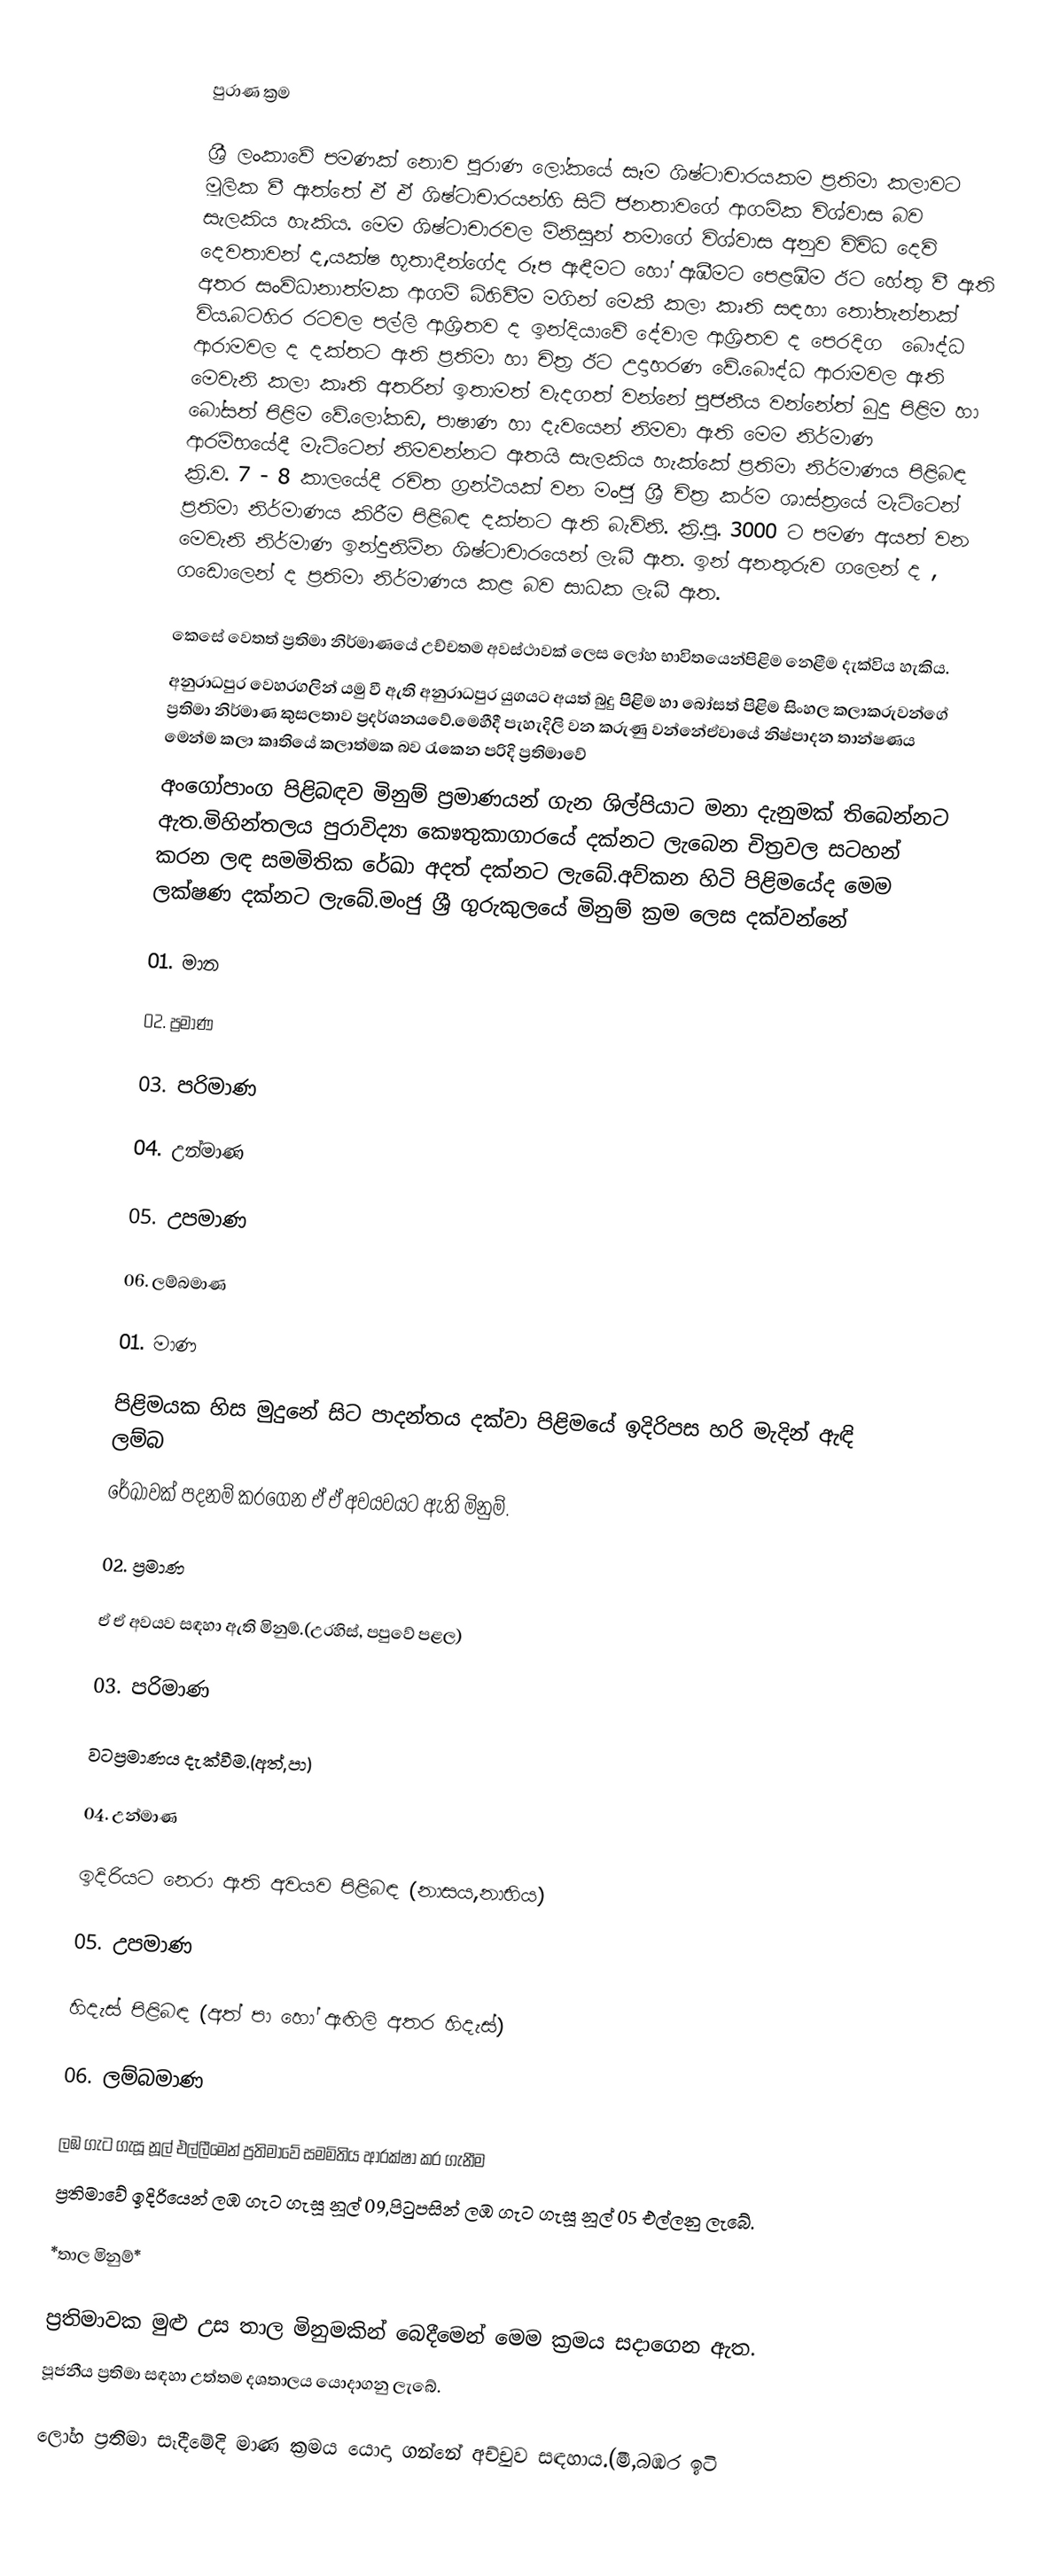

පුරාණ ක්‍රම

ශ්‍රී ලංකාවේ  පමණක් නොව පුරාණ  ලෝකයේ සෑම ශිෂ්ටාචාරයකම ප්‍රතිමා කලාවට මූලික වී ඇත්තේ ඒ ඒ ශිෂ්ටාචාරයන්හි සිටි ජනතාවගේ ආගමික විශ්වාස බව සැලකිය හැකිය. මෙම ශිෂ්ටාචාරවල මිනිසුන් තමා‍ගේ විශ්වාස අනුව විවිධ දෙවි දෙවතාවන්  ද,යක්ෂ භූතාදීන්ගේද රූප ඇඳීමට හෝ ඇඹීමට  පෙළඹීම ඊට ‍හේතු වී  ඇති  අතර  සංවිධානාත්මක ආගම් බිහිවීම  මගින්  මෙකී කලා කෘති සඳහා තෝතැන්නක් විය.බටහිර රටවල පල්ලි ආශ්‍රිතව ද ඉන්දියාවේ දේවාල ආශ්‍රිතව ද පෙරදිග ‍‍ ‍‍බෞද්ධ  ආරාමවල ද දක්තට ඇති ප්‍රතිමා  හා චිත්‍ර ඊට උදාහරණ වේ.බෞද්ධ   ආරාමවල ඇති මෙවැනි කලා කෘති  අතරින් ඉතාමත්  වැදගත් වන්නේ පූජනීය වන්නේත් බුදු පිළිම හා බෝසත් පිළිම වේ.‍ලෝකඩ, පාෂාණ හා දැවයෙන් නිමවා ඇති ‍මෙම නිර්මාණ ආරම්භයේදී  මැට්ටෙන් නිමවන්නට ඇතයි සැලකිය හැක්කේ  ප්‍රතිමා නිර්මාණය  පිළිබඳ ක්‍රි.ව. 7 - 8 කාලයේදී  රචිත  ග්‍රන්ථයක් වන මංජු ශ්‍රී  චිත්‍ර කර්ම ශාස්ත්‍රයේ මැට්ටෙන් ප්‍රතිමා නිර්මාණය කිරීම පිළිබඳ දක්නට ඇති බැවිනි. ක්‍රි.පූ. 3000 ට පමණ අයත් වන මෙවැනි  නිර්මාණ ඉන්දුනිම්න ශිෂ්ටාචාරයෙන් ලැබී ඇත. ඉන් අනතුරුව ගලෙන් ද , ගඩොලෙන් ද ප්‍රතිමා නිර්මාණය  කළ බව සාධක ලැබී ඇත.

කෙසේ ‍වෙතත් ප්‍රතිමා නිර්මාණයේ උච්චතම අවස්ථාවක් ලෙස ලෝහ භාවිතයෙන්පිළිම නෙළීම දැක්විය හැකිය.
අනුරාධපුර වෙහරගලින් යමු වී ඇති  අනුරාධපුර යුගයට අයත් බුදු පිළිම හා බෝසත් පිළිම සිංහල කලාකරුවන්ගේ ප්‍රතිමා නිර්මාණ කුසලතාව ප්‍රදර්ශනයවේ.මෙහීදී පැහැදිලි වන කරුණු වන්නේඒවායේ නිෂ්පාදන තාන්ෂණය මෙන්ම කලා කෘති‍යේ කලාත්මක බව  රැකෙන පරිදි ප්‍රතිමාවේ
අංගෝපාංග පිළිබඳව මිනුම් ප්‍රමාණයන් ගැන ශිල්පියාට මනා දැනුමක් තිබෙන්නට ඇත.මිහින්තලය  පුරාවිද්‍යා ‍කෙෳතුකාගාරයේ දක්නට ලැබෙන චිත්‍රවල සටහන් කරන ලඳ සමමිතික රේඛා අදත් දක්නට ලැබේ.අව්කන හිටි පිළිම‍යේද මෙම ලක්ෂණ දක්නට ලැබේ.මංජු ශ්‍රී  ගුරුකුලයේ මිනුම් ක්‍රම ලෙස දක්වන්නේ

01.	මාන

02.	ප්‍රමාණ

03.	පරිමාණ

04.	උන්මාණ

05.	උපමාණ

06.	ලම්බමාණ

01.	මාණ

	පිළිමයක හිස මුදුනේ සිට පාදන්තය දක්වා පිළිමයේ ඉදිරිපස හරි මැදින් ඇඳි ලම්බ
	‍රේඛාවක් පදනම් කර‍ගෙන ඒ ඒ අවයවයට ඇති මිනුම්.

02.	ප්‍රමාණ

	ඒ ඒ අවයව සඳහා ඇති මිනුම්.(උරහිස්, පපුවේ  පළල)

03.	පරිමාණ

	වටප්‍රමාණය දැක්වීම.(අත්,පා)

04.	උන්මාණ

	ඉදිරියට ‍නෙරා ඇති අවයව පිළිබඳ 		(නාසය,නාභිය)

05.	උපමාණ

	හිදැස් පිළිබඳ (අත් පා හෝ ඇඟිලි අතර හිදැස්)

06.	ලම්බමාණ

	ලඹ ගැට ගැසූ නූල් එල්ලී‍මෙන් ප්‍රතිමාවේ 	සමමිතිය ආරක්ෂා  කර ගැනීම
	ප්‍රතිමාවේ ඉදිරියෙන් ලඹ ගැට ගැසූ නූල් 	09,පිටුපසින් ලඹ ගැට ගැසූ නූල් 05 එල්ලනු ලැ‍බේ.

	*තාල මිනුම්*

	ප්‍රතිමාවක මුළු උස තාල මිනුමකින් බෙදීමෙන් මෙම ක්‍රමය සදාගෙන ඇත.
	පූජනීය ප්‍රතිමා සඳහා උත්තම දශතාලය ‍‍යොදාගනු ලැ‍‍බේ.

ලෝහ ප්‍රතිමා සෑදීමේදි මාණ ක්‍රමය ‍යොදා ගන්නේ අච්චුව සඳහාය.(මී,බඹර ඉටි